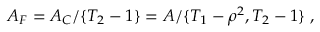
{ \cal A } _ { F } = { \cal A _ { C } } / \{ T _ { 2 } - 1 \} = { \cal A } / \{ T _ { 1 } - \rho ^ { 2 } , T _ { 2 } - 1 \} \; ,